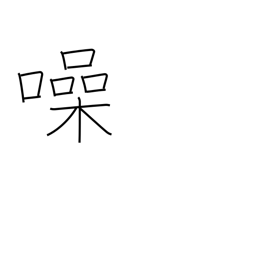
Meaning: be noisy